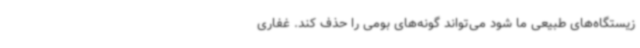
زیستگاه‌های طبیعی ما شود می‌تواند گونه‌های بومی را حذف کند. غفاری